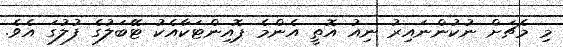
މި މެޗަށް ނުކުންނައިރު ނިއު އޮތީ އެންމެ ޕޮއިންޓަކާއެކު ޓޭބަލުގެ ފުލުގަ އެވެ.